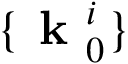
\{ \textbf { k } _ { 0 } ^ { i } \}